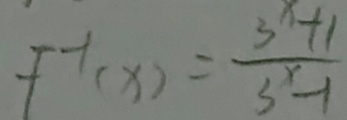
f ^ { - 1 } ( x ) = \frac { 3 ^ { x } + 1 } { 3 ^ { x } - 1 }